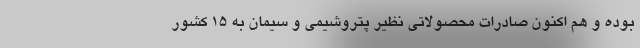
بوده و هم اکنون صادرات محصولاتی نظیر پتروشیمی و سیمان به 15 کشور